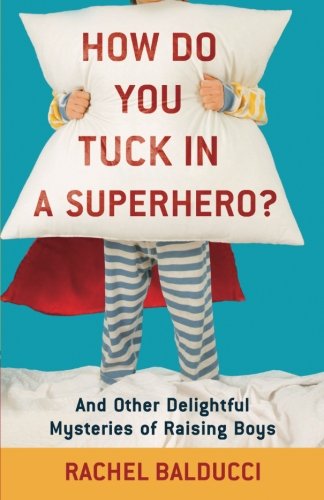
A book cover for How Do You Tuck In a Superhero?: And Other Delightful Mysteries of Raising Boys; Rachel Balducci; Humor & Entertainment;